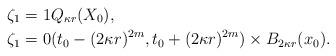
LaTeX: \begin{align*}\zeta_1&=1 Q_{\kappa r}(X_0), \\\zeta_1&=0 (t_0-(2\kappa r)^{2m},t_0+(2\kappa r)^{2m})\times B_{2\kappa r}(x_0).\end{align*}